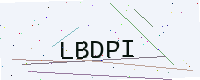
Text: LBDPI